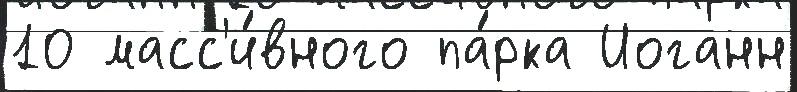
10 масс'и́вного па́рка Иоганн